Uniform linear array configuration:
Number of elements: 4
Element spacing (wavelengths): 0.5
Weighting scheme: hamming
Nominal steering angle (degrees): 0
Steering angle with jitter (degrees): -0.2571
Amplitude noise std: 0.05
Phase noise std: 0.05

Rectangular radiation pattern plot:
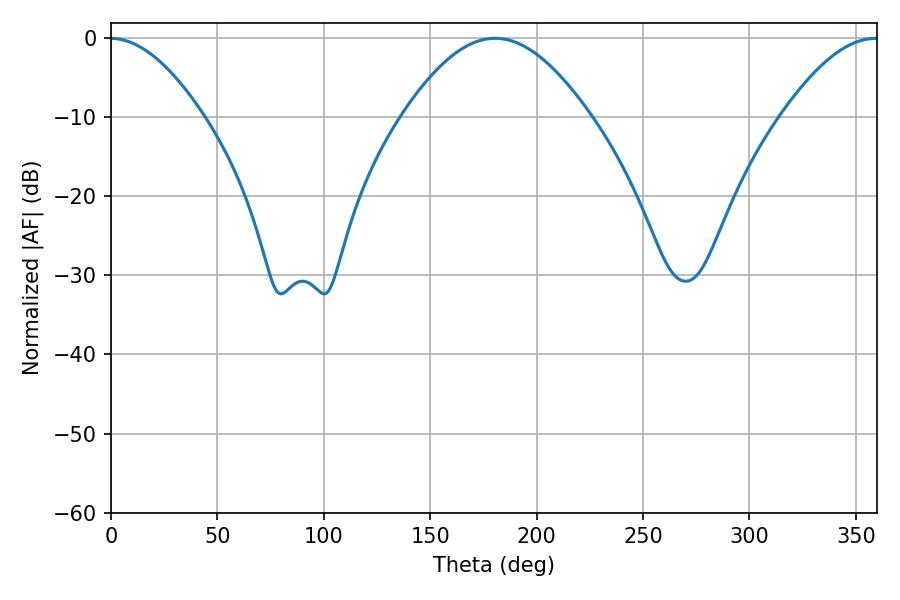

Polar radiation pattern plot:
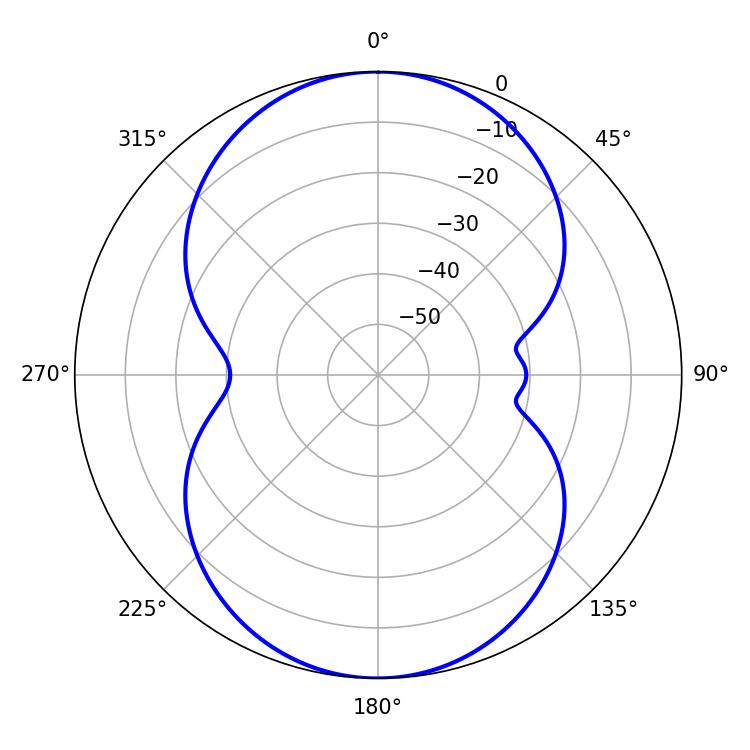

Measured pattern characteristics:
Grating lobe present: FALSE
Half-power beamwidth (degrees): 47.7
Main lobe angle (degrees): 180.54